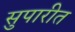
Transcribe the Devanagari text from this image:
सुपारीत